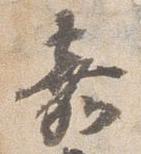
嘉